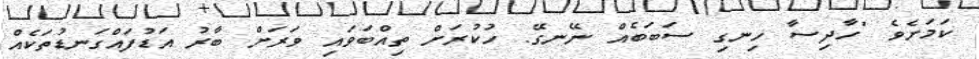
ކަމަށެވެ "ހާދިސާ ހިނގި ސަބަބެއް ނޭނގޭ. ހުކުރަށް ތިއްބަވައި ވަރަށް ބާރު އަޑުފައްގަނޑުތަކެއް